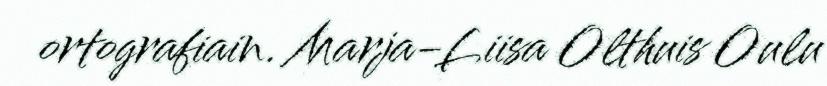
ortografiain. Marja-Liisa Olthuis Oulu